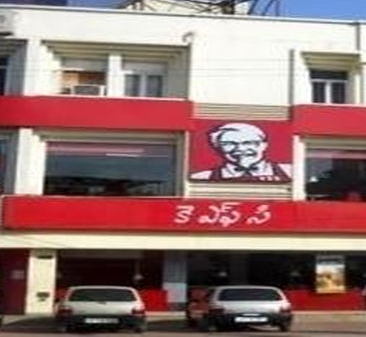
Language: telugu
Transcription: ఎఫ్ సి కె